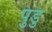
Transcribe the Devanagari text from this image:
पुडु